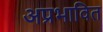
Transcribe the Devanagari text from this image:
अप्रभावित